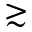
\gtrsim